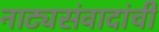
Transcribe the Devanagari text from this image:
नाट्यसंवादांची